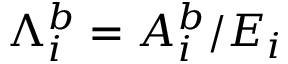
{ \Lambda } _ { i } ^ { b } = A _ { i } ^ { b } / E _ { i }